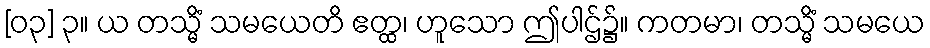
[၀၃] ၃။ ယ တသ္မိံ သမယေတိ ဧတ္ထ၊ ဟူသော ဤပါဌ်၌။ ကတမာ၊ တသ္မိံ သမယေ